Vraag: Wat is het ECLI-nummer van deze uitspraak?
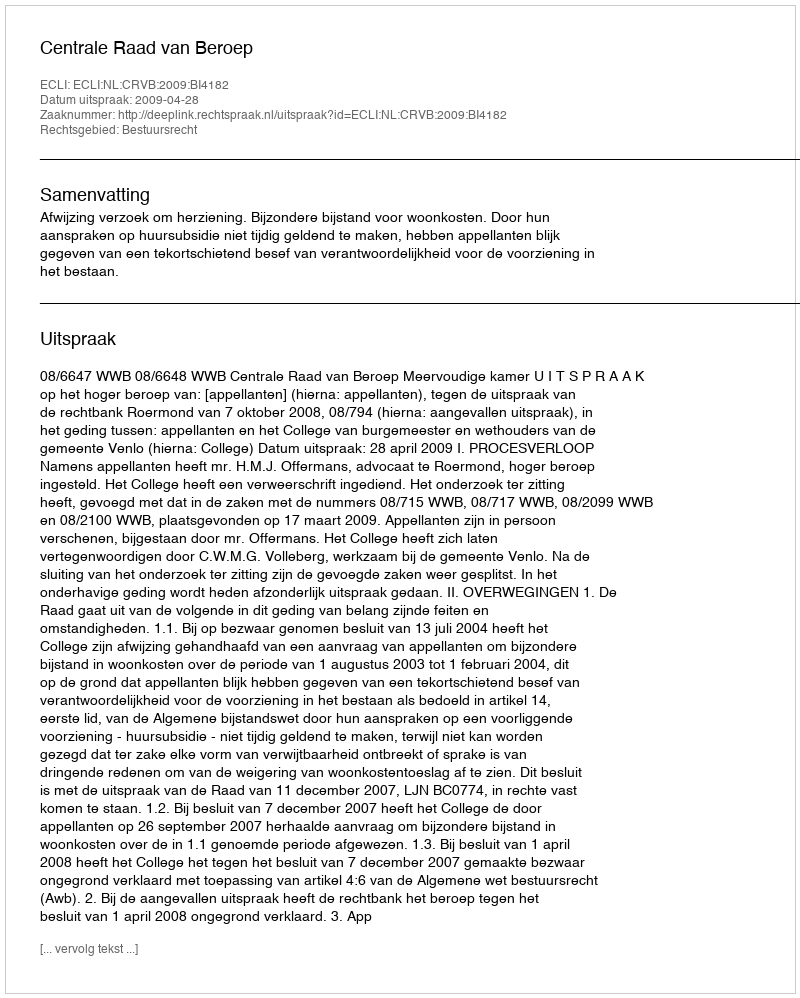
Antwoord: ECLI:NL:CRVB:2009:BI4182